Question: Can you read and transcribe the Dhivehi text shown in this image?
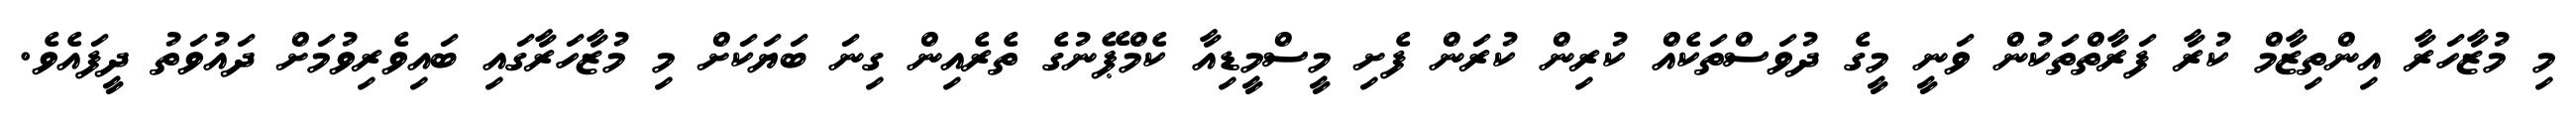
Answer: މި މުޒާހަރާ އިންތިޒާމް ކުރާ ފަރާތްތަކުން ވަނީ މީގެ ދުވަސްތަކެއް ކުރިން ކުރަން ފެށި މީސްމީޑިއާ ކެމްޕޭނުގެ ތެރެއިން ގިނަ ބަޔަކަށް މި މުޒާހަރާގައި ބައިވެރިވުމަށް ދައުވަތު ދީފައެވެ.